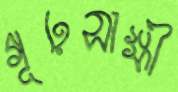
গূঢ়সাক্ষী